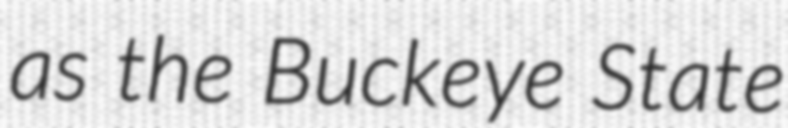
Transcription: as the Buckeye State